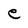
Character: e